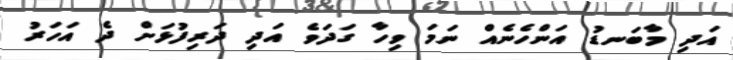
އަދި މާބަނޑު އަންހެނެއް ނަމަ ވިހާ ގަދަވެ އަދި ދަރިފުޅަށް ދެ އަހަރު